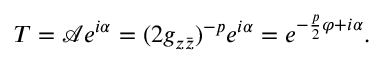
T = \mathcal { A } e ^ { i \alpha } = ( 2 g _ { z \bar { z } } ) ^ { - p } e ^ { i \alpha } = e ^ { - \frac { p } { 2 } \varphi + i \alpha } .